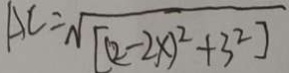
A C = \sqrt { [ ( 2 - 2 x ) ^ { 2 } + 3 ^ { 2 } ] }